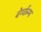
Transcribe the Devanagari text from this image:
बेर्ग्कम्प